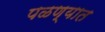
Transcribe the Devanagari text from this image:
पळण्यात